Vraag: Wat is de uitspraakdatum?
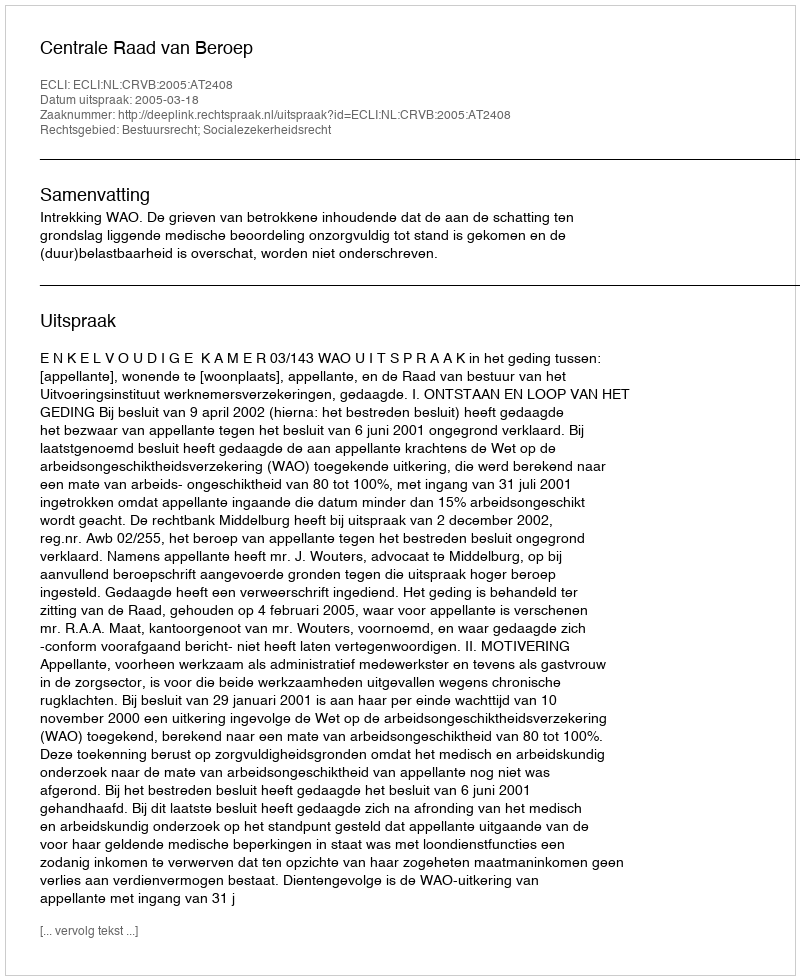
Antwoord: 2005-03-18